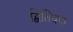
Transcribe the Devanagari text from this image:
द्वितियात